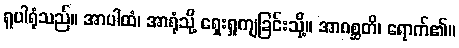
ရူပါရုံသည်။ အာပါထံ၊ အာရုံသို့ ရှေးရှုကျခြင်းသို့။ အာဂစ္ဆတိ၊ ရောက်၏။